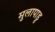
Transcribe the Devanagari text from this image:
मुलापाडू